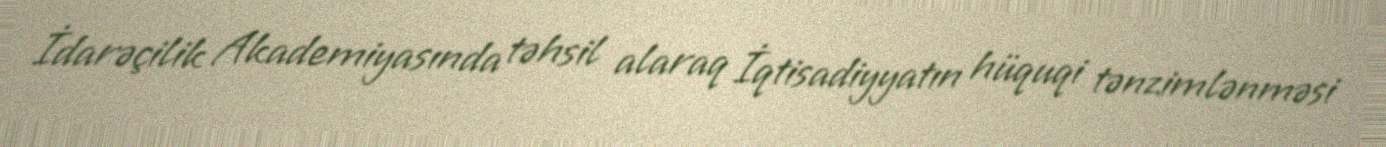
İdarəçilik Akademiyasında təhsil alaraq İqtisadiyyatın hüquqi tənzimlənməsi